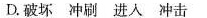
D.破坏 冲刷 进人 冲击